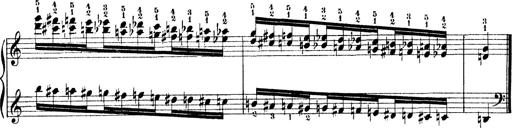
Title: Technische Studien
Composer: Franz Liszt